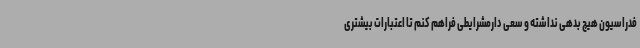
فدراسیون هیچ بدهی نداشته و سعی دارمشرایطی فراهم کنم تا اعتبارات بیشتری